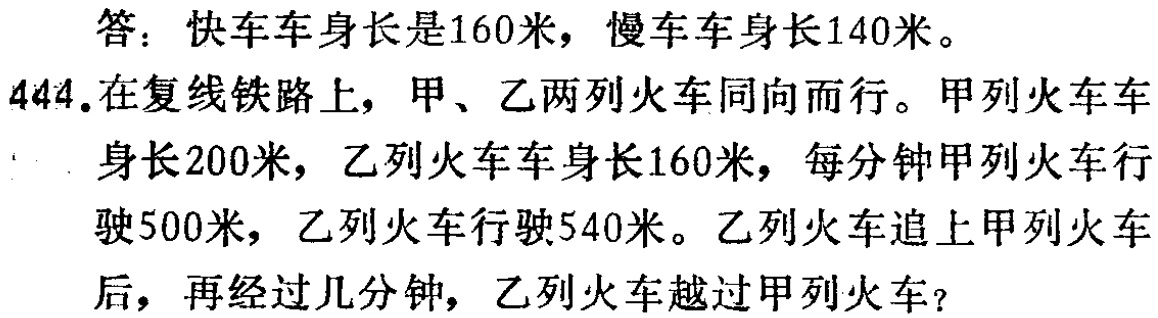
答：快车车身长是160米，慢车车身长140米。

444.在复线铁路上，甲、乙两列火车同向而行。甲列火车车身长200米，乙列火车车身长160米，每分钟甲列火车行驶500米，乙列火车行驶540米。乙列火车追上甲列火车后，再经过几分钟，乙列火车越过甲列火车？